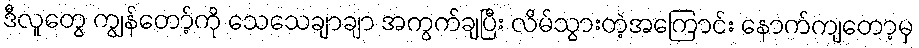
ဒီလူတွေ ကျွန်တော့်ကို သေသေချာချာ အကွက်ချပြီး လိမ်သွားတဲ့အကြောင်း နောက်ကျတော့မှ